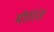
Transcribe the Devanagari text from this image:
मीस्ति